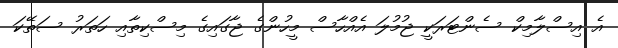
އެ އިސްލާމިކް ސެންޓަރަކީ ޖުމުލަ އެއްހާސް މީހުންގެ ޖާގައިގެ މިސްކިތާއި ހަތަރު ސަތޭކަ